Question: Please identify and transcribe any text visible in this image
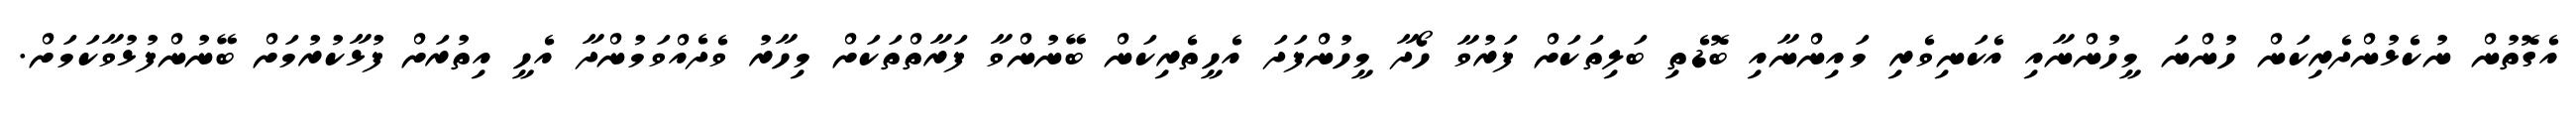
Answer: އެގޮތުން ނުކެޅުންދެރިކަން ހުންނަ މީހުންނާއި އެކަނިވެރި މައިންނާއި ބޮޑެތި ބަލިތަކަށް ފަރުވާ ހޯދާ މީހުންފަދަ އެހީތެރިކަން ބޭނުންވާ ފަރާތްތަކަށް މިހާރު ވެދެއްވަމުންދާ އެހީ އިތުރަށް ފުޅާކުރުމަށް ބޭނުންފުޅުވާކަމަށް.